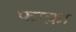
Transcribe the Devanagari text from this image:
फाक़ा